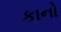
કાનો